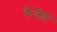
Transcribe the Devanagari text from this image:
केजेड